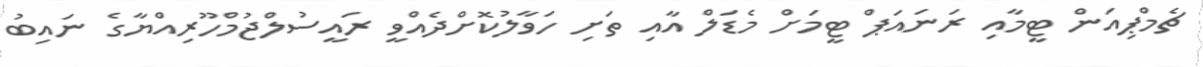
ޗެމްޕިއަން ޓީމާއި ރަނައަޕް ޓީމަށް މެޑަލް އާއި ތަށި ހަވާލުކޮށްދެއްވީ ރައީސުލްޖުމްހޫރިއްޔާގެ ނައިބު